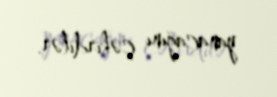
yanacağını çəkirdilər.